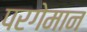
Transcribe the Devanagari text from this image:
परगेमान